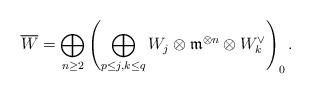
LaTeX: \begin{align*}\overline{W}=\bigoplus_{n\ge 2}\left(\bigoplus_{p\le j, k \le q}W_j \otimes \mathfrak{m}^{\otimes n}\otimes W_k^{\vee} \right)_0.\end{align*}